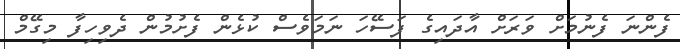
ފެންނަ ފެނުމަށް ވަރަށް އާދައިގެ ފަސޭހަ ނަމަވެސް ކުޅެން ފެށުމުން ދެވިހިފާ މިގޭމް